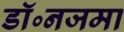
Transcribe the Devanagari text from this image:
डॉ॰नजमा